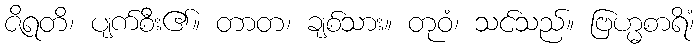
ဇိရတိ၊ ပျက်စီး၏။ တာတ၊ ချစ်သား။ တုဝံ၊ သင်သည်။ ဗြဟ္မစာရိံ၊